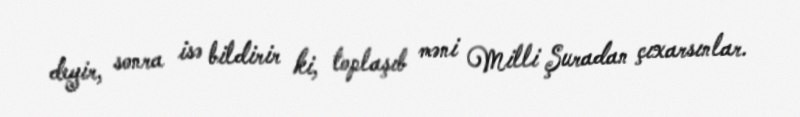
deyir, sonra isə bildirir ki, toplaşıb məni Milli Şuradan çıxarsınlar.